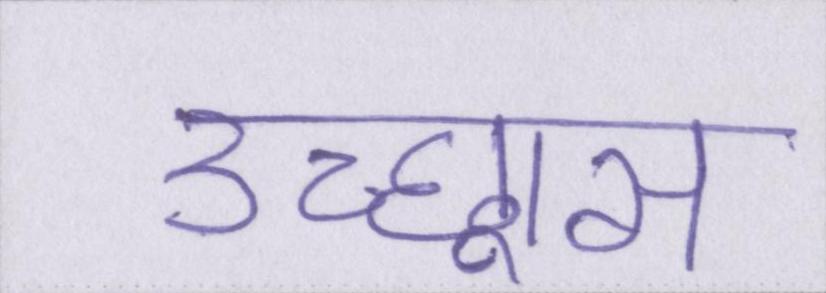
उच्छ्वास